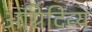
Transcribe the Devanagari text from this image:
अग्निदिव्य